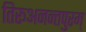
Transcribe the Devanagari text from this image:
तिरूअनन्तपुरम्